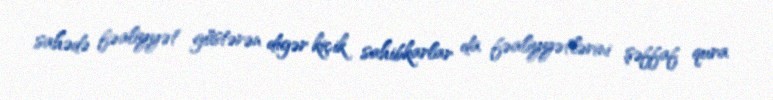
sahədə fəaliyyət göstərən digər kiçik sahibkarlar da fəaliyyətlərini şəffaf qura